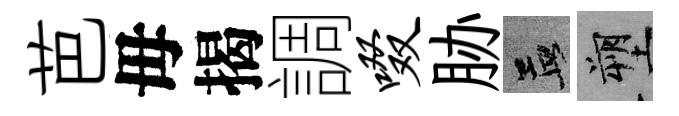
芭毋揭調啜胁孟塑